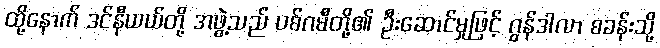
ထို့နောက် ဒင်နီယယ်တို့ အဖွဲ့သည် ပစ်ဂမီတို့၏ ဦးဆောင်မှုဖြင့် ဂွန်ဒါလာ စခန်းသို့